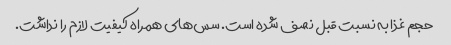
حجم غذا به نسبت قبل نصف شده است. سس‌های همراه کیفیت لازم را نداشت.